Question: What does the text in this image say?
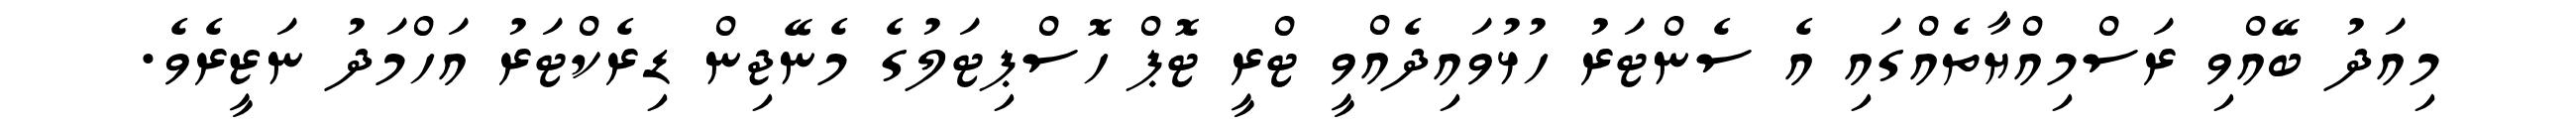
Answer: މިއަދު ބޭއްވި ރަސްމިއްޔާތެއްގައި އެ ސެންޓަރު ހުޅުވައިދެއްވީ ޓްރީ ޓޮޕް ހޮސްޕިޓަލުގެ މެނޭޖިން ޑިރެކްޓަރު އަހްމަދު ނަޒީރެވެ.